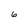
Character: 6